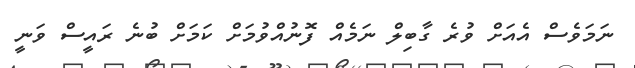
ނަމަވެސް އެއަށް ވުރެ ގާބިލް ނަމެއް ފޮނުއްވުމަށް ކަމަށް ބުނެ ރައީސް ވަނީ